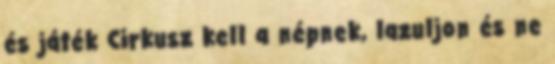
és játék Cirkusz kell a népnek, lazuljon és ne